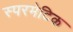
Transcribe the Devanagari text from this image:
स्परमेटिक